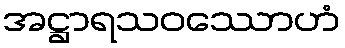
အဋ္ဌာရသဝဿောဟံ